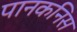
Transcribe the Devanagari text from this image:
पानकनिस